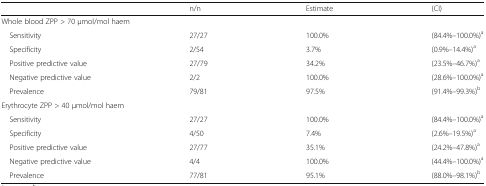
|  | n/n | Estimate | (CI) |
 | --- | --- | --- | --- |
 | <COLSPAN=4> Whole blood ZPP > 70 μmol/mol haem |
 | Sensitivity | 27/27 | 100.0% | (84.4%–100.0%)a |
 | Specificity | 2/54 | 3.7% | (0.9%–14.4%)a |
 | Positive predictive value | 27/79 | 34.2% | (23.5%–46.7%)a |
 | Negative predictive value | 2/2 | 100.0% | (28.6%–100.0%)a |
 | Prevalence | 79/81 | 97.5% | (91.4%–99.3%)b |
 | <COLSPAN=4> Erythrocyte ZPP > 40 μmol/mol haem |
 | Sensitivity | 27/27 | 100.0% | (84.4%–100.0%)a |
 | Specificity | 4/50 | 7.4% | (2.6%–19.5%)a |
 | Positive predictive value | 27/77 | 35.1% | (24.2%–47.8%)a |
 | Negative predictive value | 4/4 | 100.0% | (44.4%–100.0%)a |
 | Prevalence | 77/81 | 95.1% | (88.0%–98.1%)b |